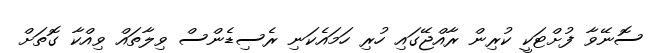
ސޮނޭވާ ފުށްޓަކީ ކުރިން ރާއްޖޭގައި ހުރި ހަމައެކަނި ރެސިޑެންސް ވިލާތައް ވިއްކާ ގޮތަށް